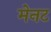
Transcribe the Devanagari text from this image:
मेनट